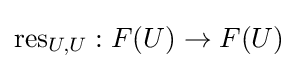
\operatorname {res} _{U,U}:F(U)\to F(U)